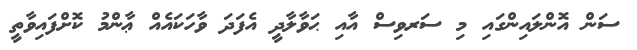
ސަން އޮންލައިންގައި މި ސަރވިސް އާއި ޙަވާލާދީ އެފަދަ ވާހަކައެއް ޢާންމު ކޮށްފައިވާތީ